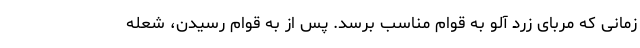
زمانی که مربای زرد آلو به قوام مناسب برسد. پس از به قوام رسیدن، شعله